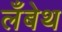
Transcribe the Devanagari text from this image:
लँबेथ